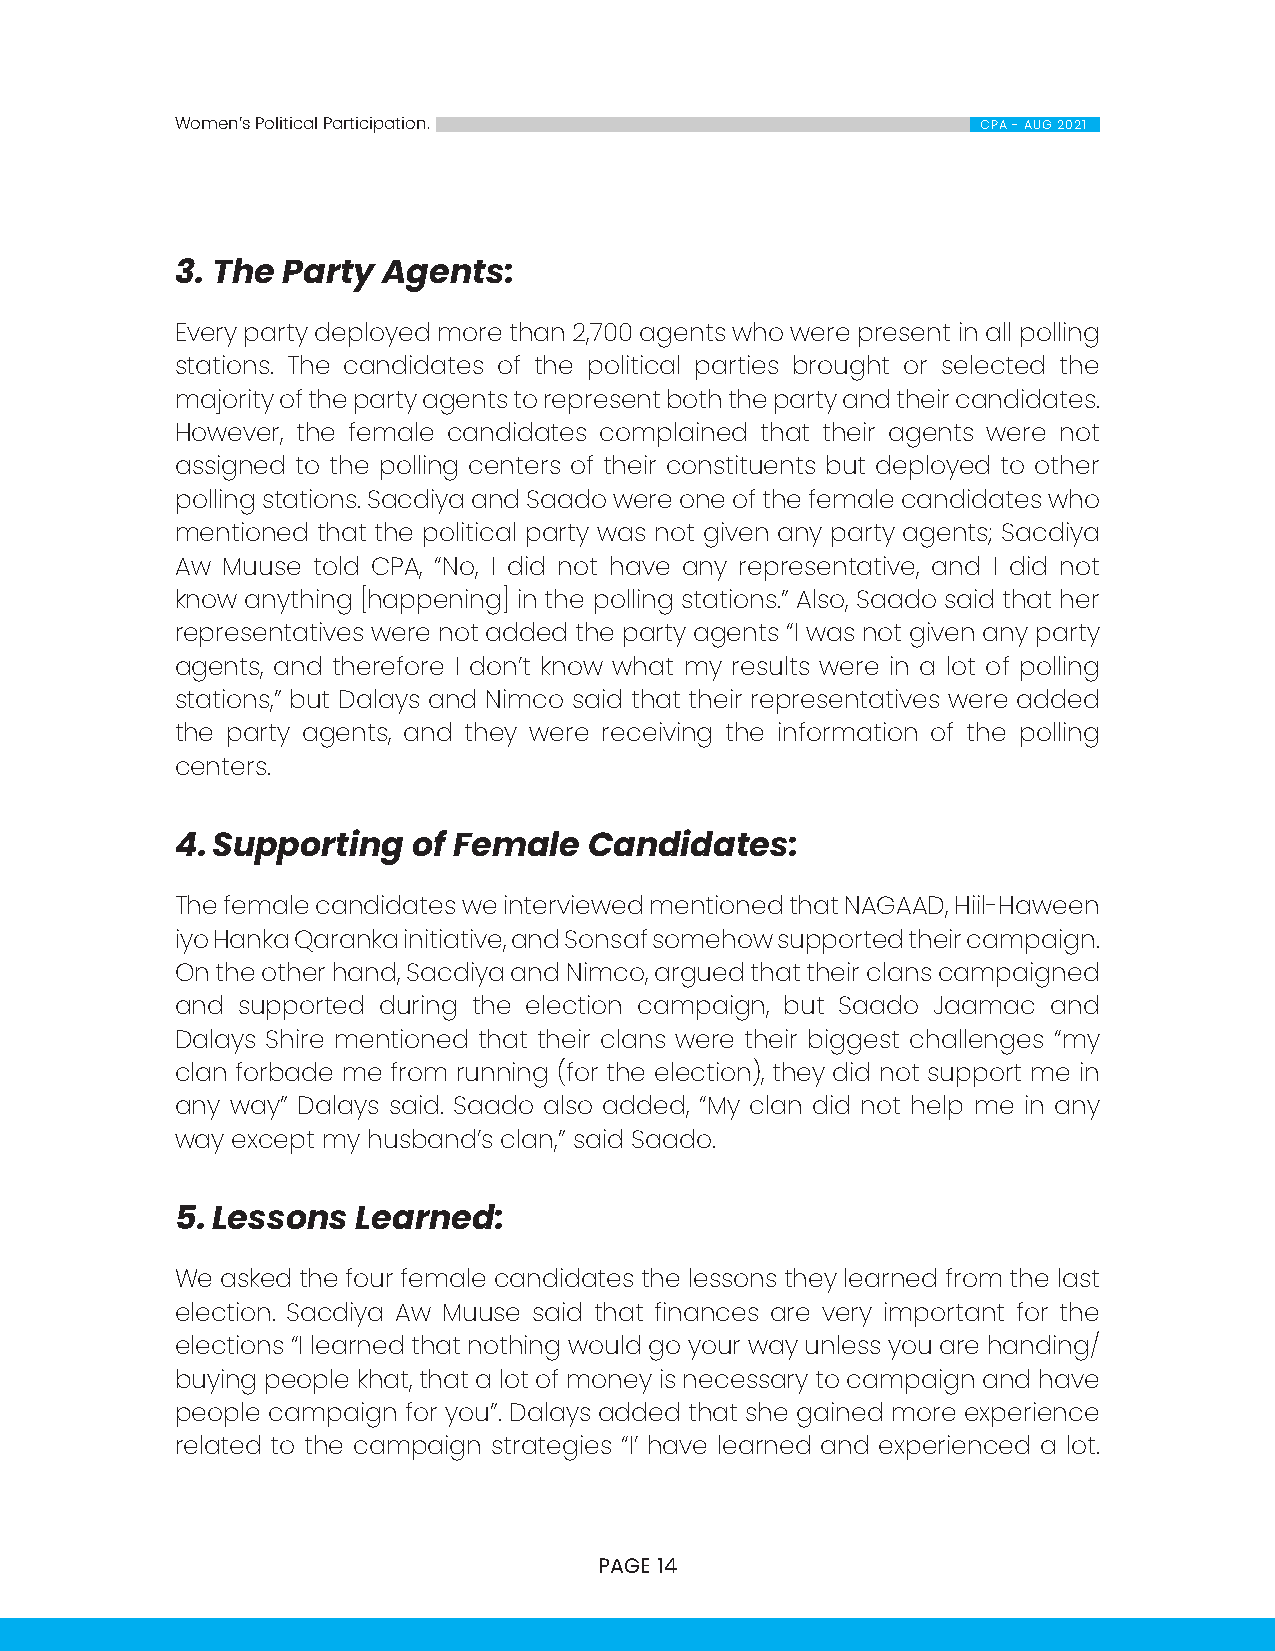
Women’s Political Participation.                     CPA - AUG 2021
 3. The Party Agents:
 Every party deployed more than 2,700 agents who were present in all polling
 stations. The candidates of the political parties brought or selected the
 majority of the party agents to represent both the party and their candidates.
 However, the female candidates complained that their agents were not
 assigned to the polling centers of their constituents but deployed to other
 polling stations. Sacdiya and Saado were one of the female candidates who
 mentioned that the political party was not given any party agents; Sacdiya
 Aw Muuse told CPA, “No, I did not have any representative, and I did not
 know anything [happening] in the polling stations.” Also, Saado said that her
 representatives were not added the party agents “I was not given any party
 agents, and therefore I don’t know what my results were in a lot of polling
 stations,” but Dalays and Nimco said that their representatives were added
 the party agents, and they were receiving the information of the polling
 centers.
 4. Supporting  of Female   Candidates:
 The female candidates we interviewed mentioned that NAGAAD, Hiil-Haween
 iyo Hanka Qaranka initiative, and Sonsaf somehow supported their campaign.
 On the other hand, Sacdiya and Nimco, argued that their clans campaigned
 and supported during the election campaign, but Saado Jaamac and
 Dalays Shire mentioned that their clans were their biggest challenges “my
 clan forbade me from running (for the election), they did not support me in
 any way” Dalays said. Saado also added, “My clan did not help me in any
 way except my husband’s clan,” said Saado.
 5. Lessons  Learned:
 We asked the four female candidates the lessons they learned from the last
 election. Sacdiya Aw Muuse said that finances are very important for the
 elections “I learned that nothing would go your way unless you are handing/
 buying people khat, that a lot of money is necessary to campaign and have
 people campaign for you”. Dalays added that she gained more experience
 related to the campaign strategies “I’ have learned and experienced a lot.
 PAGE 14